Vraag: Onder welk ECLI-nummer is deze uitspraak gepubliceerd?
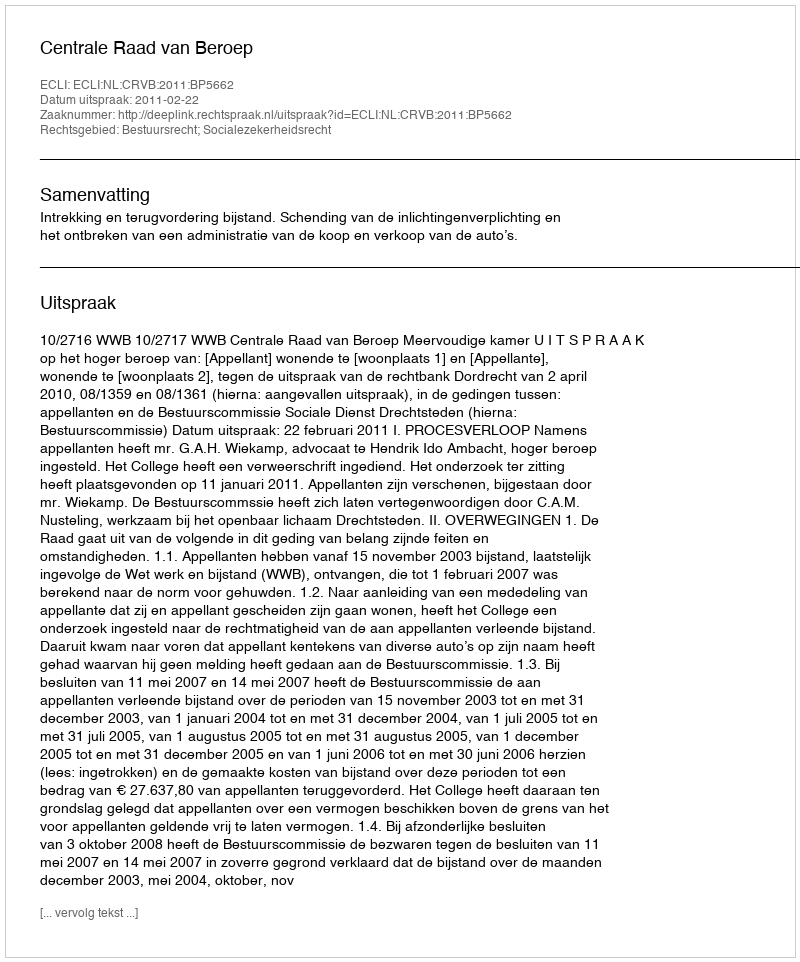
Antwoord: ECLI:NL:CRVB:2011:BP5662